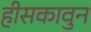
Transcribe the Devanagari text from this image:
हीसकावुन